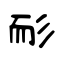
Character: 耏